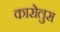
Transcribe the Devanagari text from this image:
कारोलुस